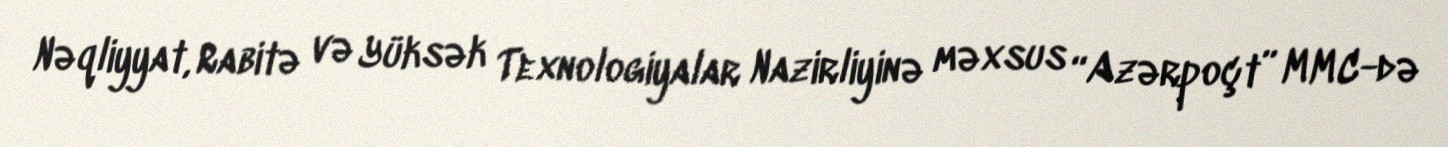
Nəqliyyat, Rabitə və Yüksək Texnologiyalar Nazirliyinə məxsus “Azərpoçt” MMC-də